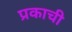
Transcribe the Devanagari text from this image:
प्रकाची